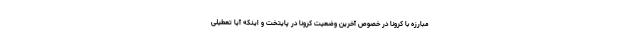
مبارزه با کرونا در خصوص آخرین وضعیت کرونا در پایتخت و اینکه آیا تعطیلی